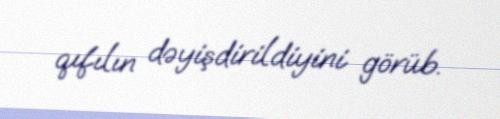
qıfılın dəyişdirildiyini görüb.